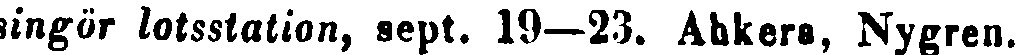
singör lotsstation, sept. 19—23. Ahkera, Nygren.